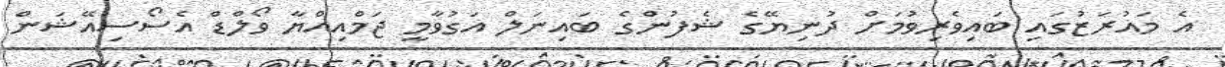
އެ މައުރަޒުގައި ބައިވެރިވުމަށް ދުނިޔޭގެ ޝެފުންގެ ބައިނަލް އަގުވާމީ ޖަމްއިއްޔާ ވޯލްޑް އެސޯސިއޭޝަން